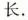
长.